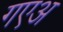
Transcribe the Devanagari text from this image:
गएअ